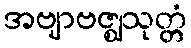
အဗျာဗဇ္ဈသုတ္တံ